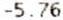
-5.76